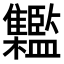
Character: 𩁱